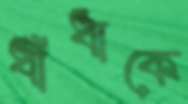
ধাঁধাকে